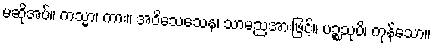
မဆိုအပ်။ ကသ္မာ၊ ကား။ အဝိသေသေန၊ သာမညအားဖြင့်။ ပဉ္စသုပိ၊ ကုန်သော။